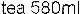
TEA 580ML